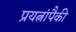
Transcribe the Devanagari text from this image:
प्रयत्नांपैकी